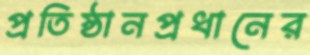
প্রতিষ্ঠানপ্রধানের